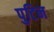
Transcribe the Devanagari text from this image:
पुटिन